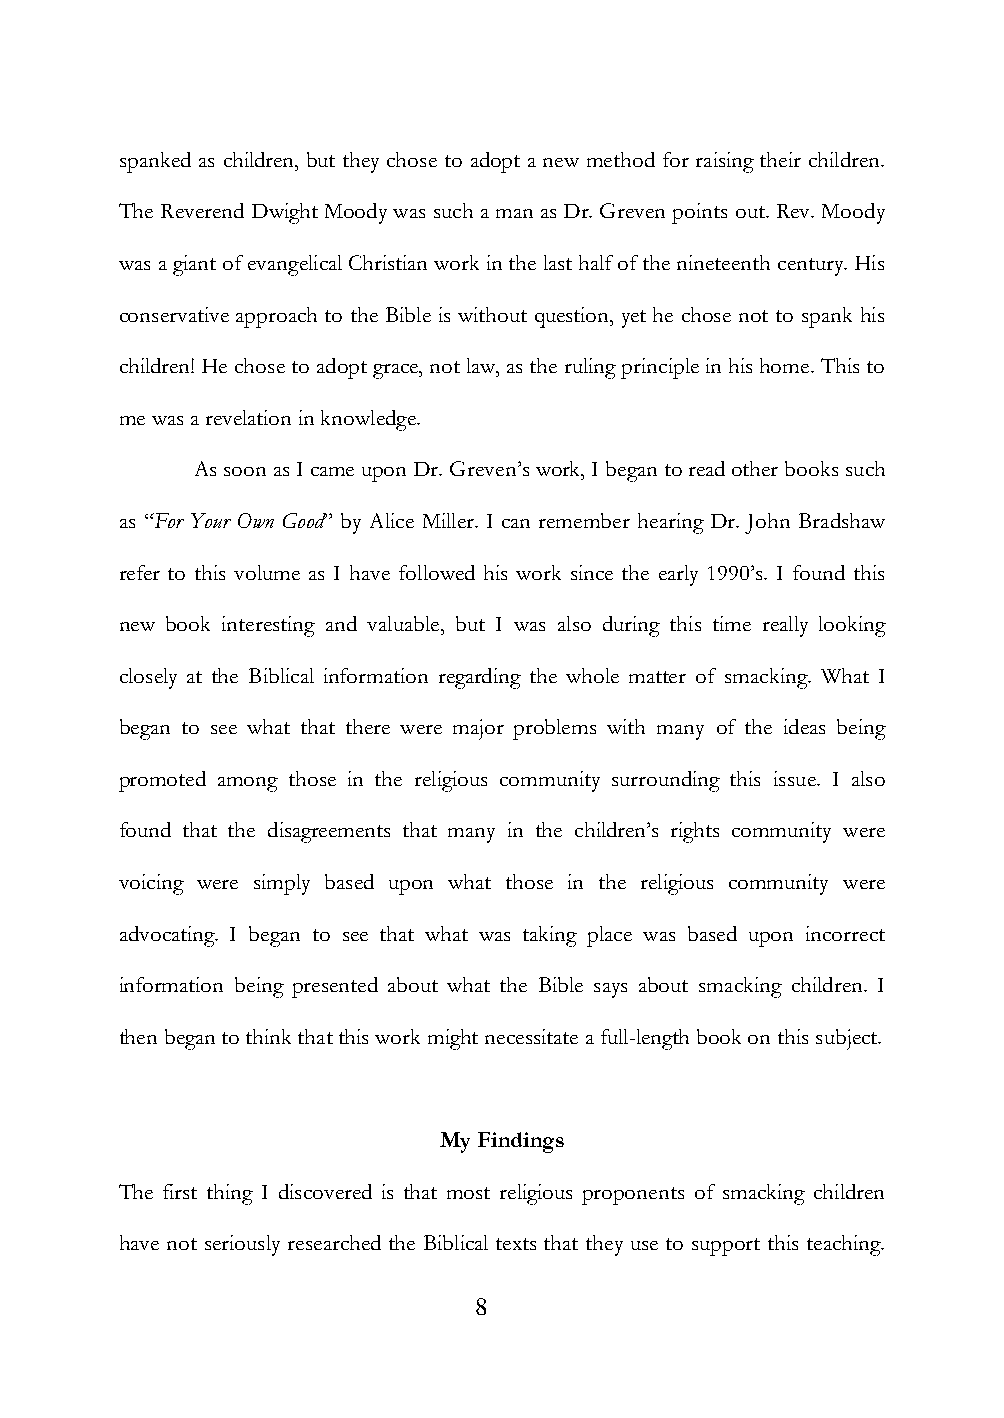
spanked as children, but they chose to adopt a new method for raising their children.
 The Reverend Dwight Moody was such a man as Dr. Greven points out. Rev. Moody
 was a giant of evangelical Christian work in the last half of the nineteenth century. His
 conservative approach to the Bible is without question, yet he chose not to spank his
 children! He chose to adopt grace, not law, as the ruling principle in his home. This to
 me was a revelation in knowledge.
 As soon as I came upon Dr. Greven‟s work, I began to read other books such
 as “For Your Own Good” by Alice Miller. I can remember hearing Dr. John Bradshaw
 refer to this volume as I have followed his work since the early 1990‟s. I found this
 new book interesting and valuable, but I was also during this time really looking
 closely at the Biblical information regarding the whole matter of smacking. What I
 began to see what that there were major problems with many of the ideas being
 promoted among those in the religious community surrounding this issue. I also
 found that the disagreements that many in the children‟s rights community were
 voicing were simply based upon what those in the religious community were
 advocating. I began to see that what was taking place was based upon incorrect
 information being presented about what the Bible says about smacking children. I
 then began to think that this work might necessitate a full-length book on this subject.
 My Findings
 The first thing I discovered is that most religious proponents of smacking children
 have not seriously researched the Biblical texts that they use to support this teaching.
 8